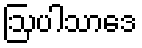
ဩပါသာဒေ